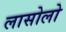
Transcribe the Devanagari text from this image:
लासोलो